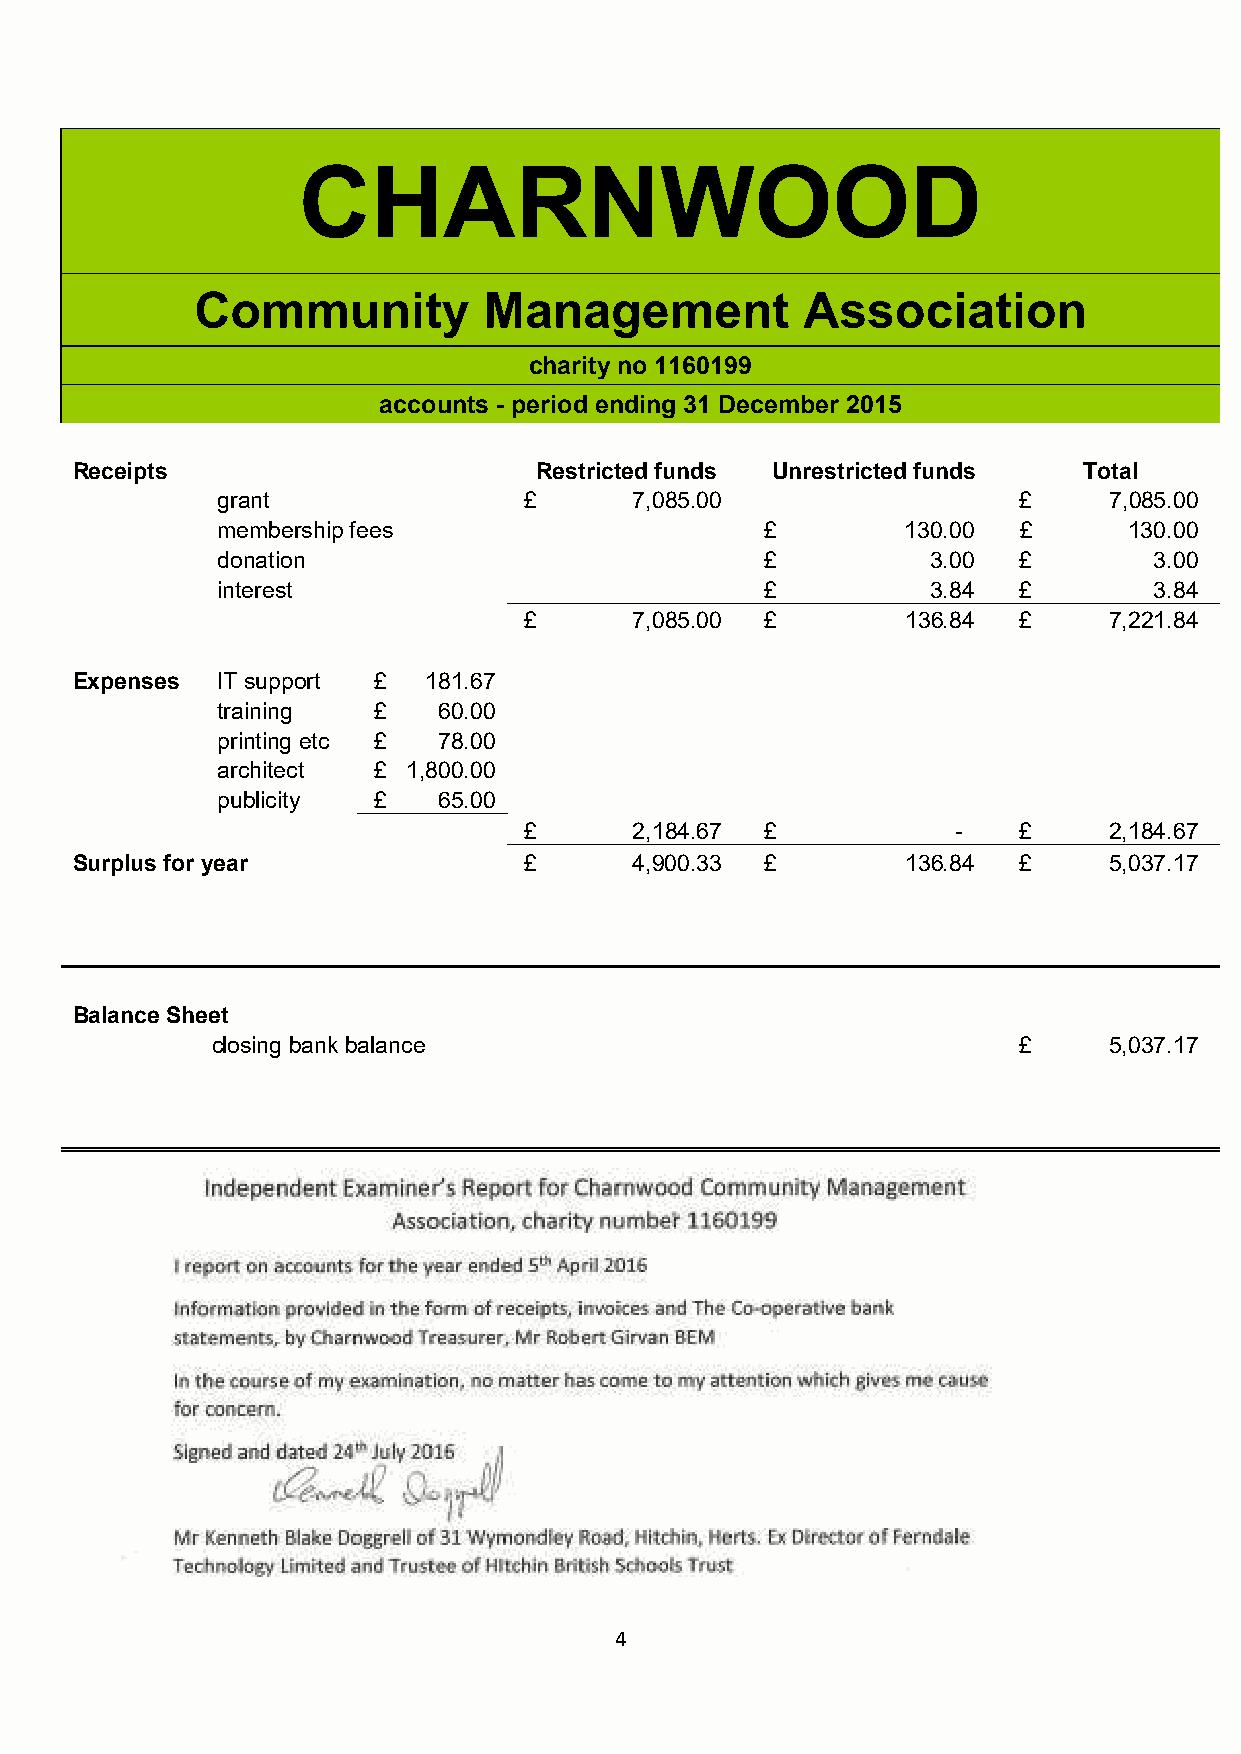
CHARNWOOD
 Community          Management           Association
 charity no 1160199
 accounts - period ending 31 December 2015
 Receipts                       Restricted funds Unrestricted funds Total
 grant                £      7,085.00                  £    7,085.00
 membership fees                      £        130.00  £      130.00
 donation                             £          3.00  £       3.00
 interest                             £          3.84  £       3.84
 £      7,085.00 £        136.84 £     7,221.84
 Expenses IT support £  181.67
 training   £   60.00
 printing etc £ 78.00
 architect  £ 1,800.00
 publicity  £   65.00
 £      2,184.67 £           -    £    2,184.67
 Surplus for year              £      4,900.33 £        136.84 £     5,037.17
 Balance Sheet
 closing bank balance                                 £     5,037.17
 4